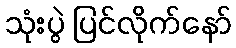
သုံးပွဲ ပြင်လိုက်နော်